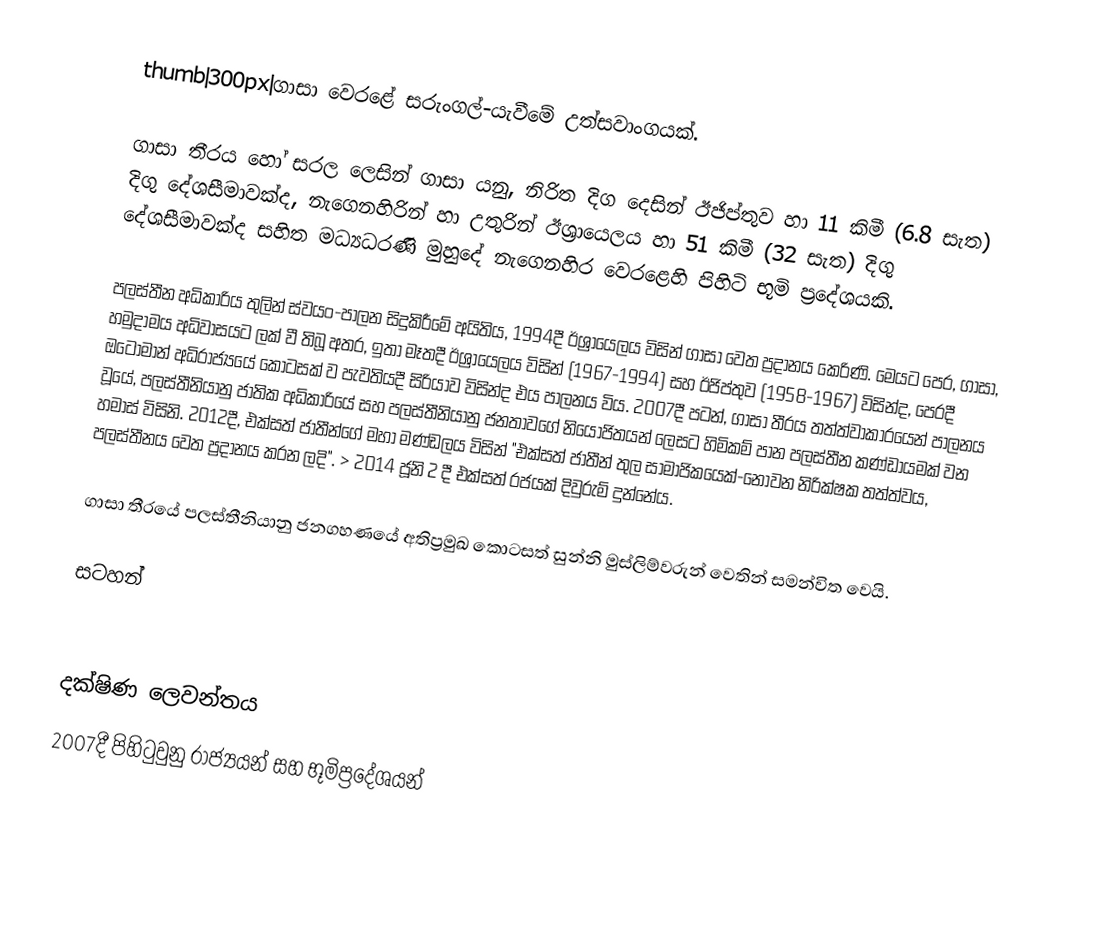
thumb|300px|ගාසා වෙරළේ සරුංගල්-යැවීමේ උත්සවාංගයක්.

ගාසා තීරය හෝ සරල ලෙසින් ගාසා යනු, නිරිත දිග දෙසින් ඊජිප්තුව හා 11 කිමී (6.8 සැත) දිගු දේශසීමාවක්ද, නැගෙනහිරින් හා උතුරින්  ඊශ්‍රායෙලය හා 51 කිමී (32 සැත) දිගු දේශසීමාවක්ද සහිත මධ්‍යධරණි මුහුදේ  නැගෙනහිර වෙරළෙහි පිහිටි භූමි ප්‍රදේශයකි.

පලස්තීන අධිකාරිය තුලින් ස්වයං-පාලන සිදුකිරීමේ අයිතිය, 1994දී ඊශ්‍රායෙලය විසින් ගාසා වෙත ප්‍රදානය කෙරිණි. මෙයට පෙර, ගාසා,  හමුදාමය අධිවාසයට ලක් වී තිබූ අතර, ඉතා මෑතදී ඊශ්‍රායෙලය විසින් (1967-1994) සහ ඊජිප්තුව (1958-1967) විසින්ද, පෙරදී ඔටෝමාන් අධිරාජ්‍යයේ කොටසක් ව පැවතියදී සිරියාව විසින්ද එය පාලනය විය. 2007දී පටන්, ගාසා තීරය තත්ත්වාකාරයෙන්  පාලනය වූයේ, පලස්තීනියානු ජාතික අධිකාරියේ සහ පලස්තීනියානු ජනතාවගේ නියෝජිතයන් ලෙසට හිමිකම් පාන පලස්තීන කණ්ඩායමක් වන හමාස් විසිනි. 2012දී, එක්සත් ජාතීන්ගේ මහා මණ්ඩලය විසින්  "එක්සත් ජාතීන් තුල සාමාජිකයෙක්-නොවන නිරික්ෂක තත්ත්වය, පලස්තීනය වෙත ප්‍රදානය කරන ලදි".  > 2014 ජූනි 2 දී එක්සත් රජයක් දිවුරුම් දුන්නේය.

ගාසා තීරයේ පලස්තීනියානු ජනගහණයේ අතිප්‍රමුඛ කොටසත් සුන්නි මුස්ලිම්වරුන් වෙතින් සමන්විත වෙයි.

සටහන්

දක්ෂිණ ලෙවන්තය
 2007දී පිහිටුවුනු රාජ්‍යයන් සහ භූමිප්‍රදේශයන්